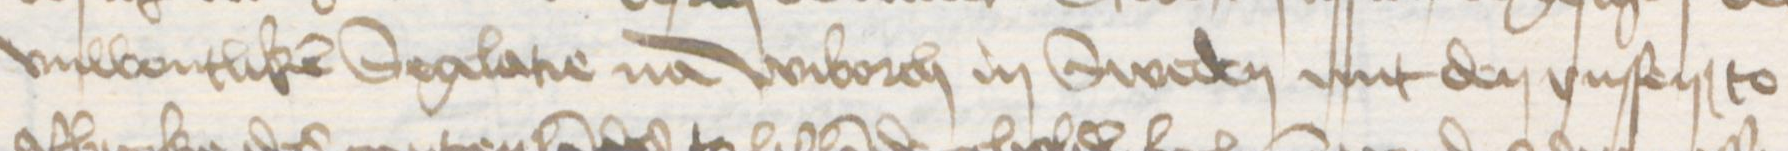
Transcription: vnwonlicken Seglatie na Wiborch in Sweden mit den vnsen to